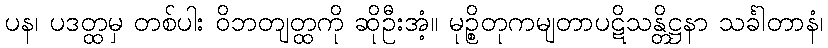
ပန၊ ပဒတ္ထမှ တစ်ပါး ဝိဘတျတ္ထကို ဆိုဦးအံ့။ မုဉ္စိတုကမျတာပဋိသန္တိဋ္ဌနာ သင်္ခါတာနံ၊